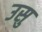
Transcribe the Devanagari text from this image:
उसु